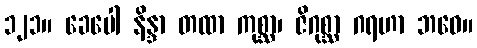
၁၂၁။ ခေပေါ နိန္ဒာ တထာ ကုစ္ဆာ၊ ဇိဂုစ္ဆာ ဂရဟာ ဘဝေ။